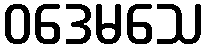
ဝဒေမသေ